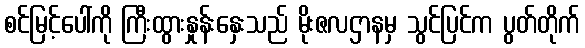
စင်မြင့်ပေါ်ကို ကြီးထွားနှုန်းနှေးသည် မိုးဇလဌာနမှ သွင်ပြင်က ပွတ်တိုက်